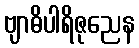
ဗျာဓိပါရိဇုညေန